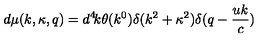
d \mu ( k , \kappa , q ) = d ^ { 4 } \! k \theta ( k ^ { 0 } ) \delta ( k ^ { 2 } + \kappa ^ { 2 } ) \delta ( q - \frac { u k } { c } )